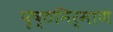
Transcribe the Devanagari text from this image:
पृष्ठनिर्माण